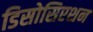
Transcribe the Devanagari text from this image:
डिसोसिएशन